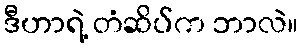
ဒီဟာရဲ့ တံဆိပ်က ဘာလဲ။